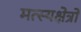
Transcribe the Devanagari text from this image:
मत्स्यक्षेत्रों